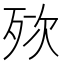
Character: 𣧸